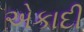
એકાદી